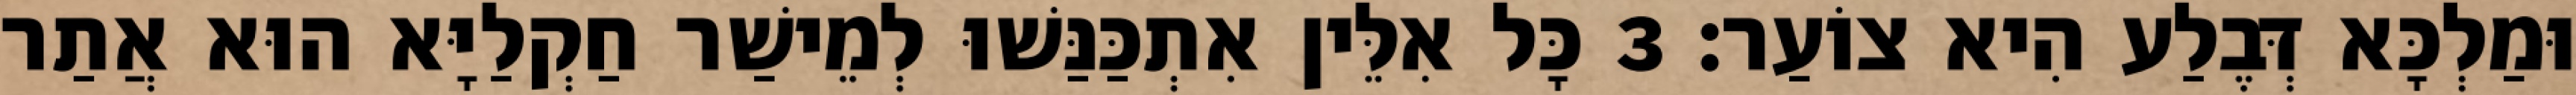
וּמַלְכָּא דְּבֶלַע הִיא צוֹעַר׃ 3 כָּל אִלֵּין אִתְכַּנַּשׁוּ לְמֵישַׁר חַקְלַיָּא הוּא אֲתַר